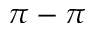
\pi - \pi